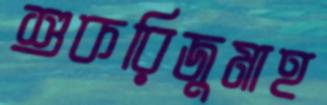
শুকরিজুমাহ